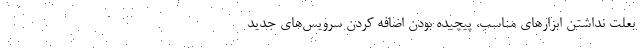
بعلت نداشتن ابزارهای مناسب، پیچیده بودن اضافه کردن سرویس‌های جدید